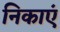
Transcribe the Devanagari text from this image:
निकाएं